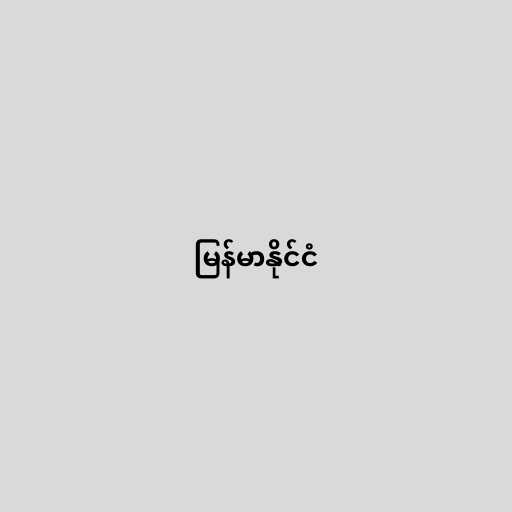
မြန်မာနိုင်ငံ